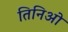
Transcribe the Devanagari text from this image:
तिनिओ